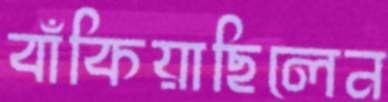
বাঁকিয়াছিলেন